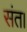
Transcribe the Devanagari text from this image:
संत।